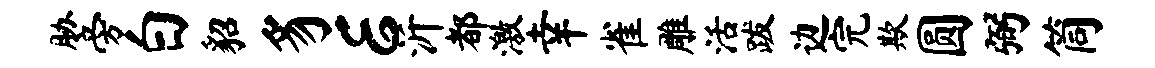
胁旁白貂豸E沂都激幸雀雕活跋边完欺圆弼筒